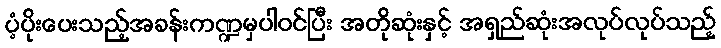
ပံ့ပိုးပေးသည့်အခန်းကဏ္ဍမှပါဝင်ပြီး အတိုဆုံးနှင့် အရှည်ဆုံးအလုပ်လုပ်သည့်